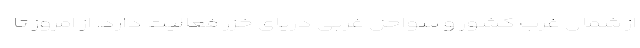
از شمال غرب کشور و سواحل غربی دریای خزر فعالیت دارد. از امروز تا